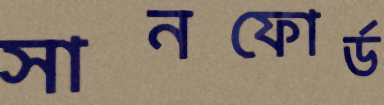
সানফোর্ড